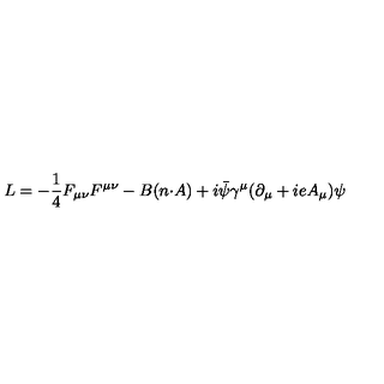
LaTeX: L = - \frac { 1 } { 4 } F _ { { \mu } { \nu } } F ^ { { \mu } { \nu } } - B ( n { \cdot } A ) + i \bar { \psi } { \gamma } ^ { \mu } ( { \partial } _ { \mu } + i e A _ { \mu } ) { \psi }